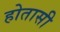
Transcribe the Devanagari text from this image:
होतासी